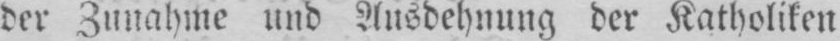
der Zunahme und Ausdehnung der Katholiken